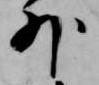
外